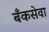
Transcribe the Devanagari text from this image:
बँकसेवा